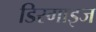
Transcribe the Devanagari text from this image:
डिस्गाइज